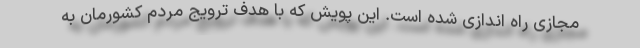
مجازی راه اندازی شده است. این پویش که با هدف ترویج مردم کشورمان به